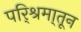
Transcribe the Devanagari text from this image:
परि्श्रमा्तून